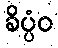
ခိပ္ပံဝ